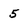
Character: 5